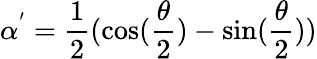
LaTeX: \alpha^{'}=\frac{1}{2}(\cos(\frac{\theta}{2})-\sin(\frac{\theta}{2}))